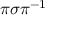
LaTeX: \pi \sigma \pi ^ { - 1 }